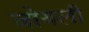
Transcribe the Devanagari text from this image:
जोयली